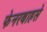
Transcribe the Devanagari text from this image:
फेनरबाहसे